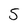
Character: S